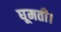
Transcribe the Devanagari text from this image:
घूमती।